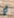
أي